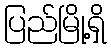
ပြည်မြို့ရှိ